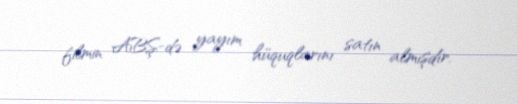
filmin ABŞ-də yayım hüquqlarını satın almışdır.